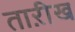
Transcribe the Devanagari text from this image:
ताऱीख